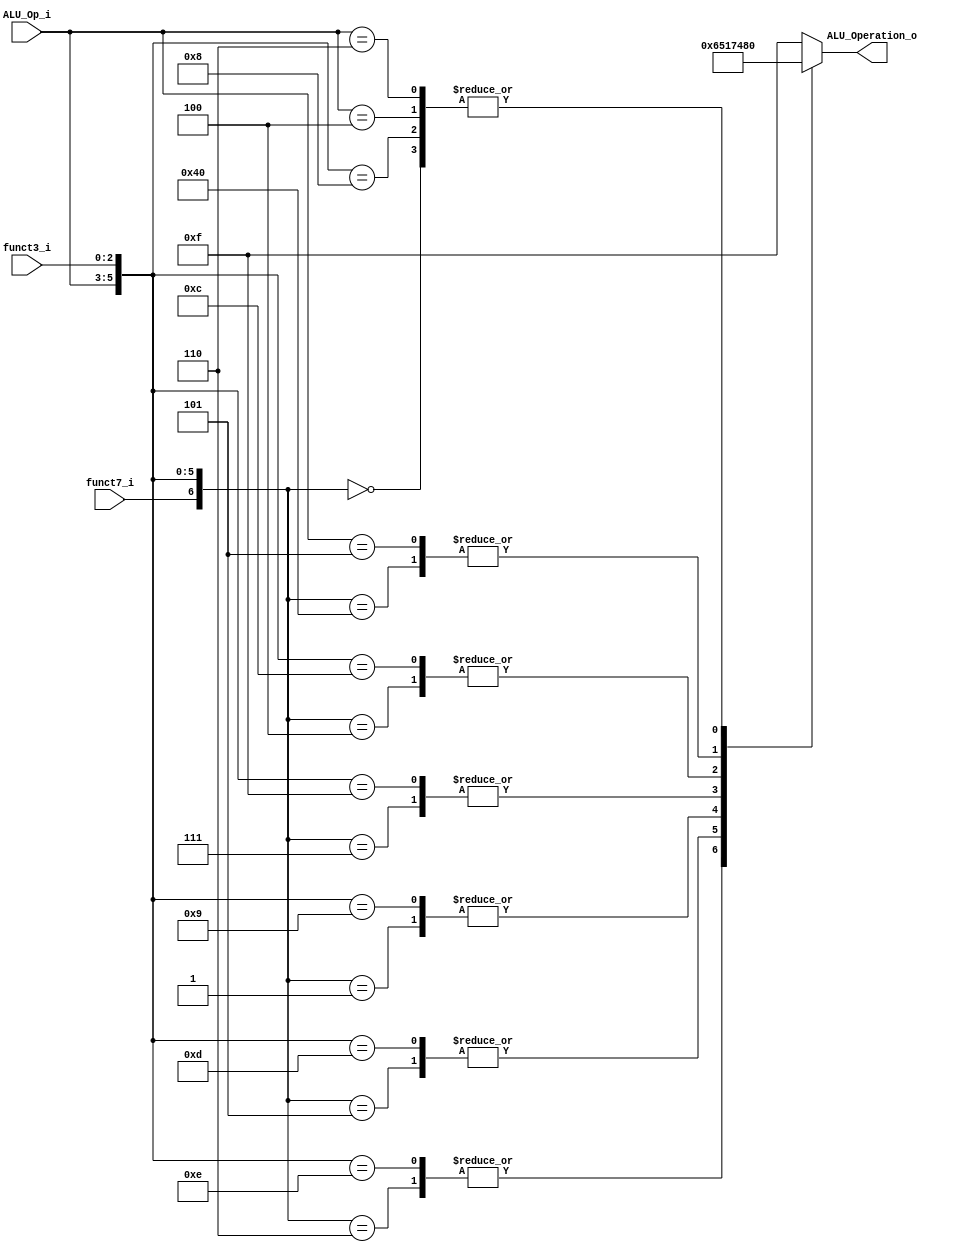
/******************************************************************
* Description
*	This is the control unit for the ALU. It receves a signal called 
*	ALUOp from the control unit and signals called funct7 and funct3  from
*	the instruction bus.
* Version:
*	1.0
* Author:
*	Dr. Jos Luis Pizano Escalante
* email:
*	luispizano@iteso.mx
* Date:
*	16/08/2021
******************************************************************/
module ALU_Control
(
	input funct7_i, 
	input [2:0] ALU_Op_i,
	input [2:0] funct3_i,
	output [3:0] ALU_Operation_o

);
	localparam R_TYPE_ADD = 7'b0_000_000;
	localparam I_TYPE_ADDI = 7'bx_001_000;
	localparam ADD = 4'b0_000;
	
	localparam R_TYPE_SUB = 7'b1_000_000;
	localparam SUB = 4'b1_000;
	
	localparam R_TYPE_SLL = 7'b0_000_001;
	localparam I_TYPE_SLLI = 7'bx_001_001;
	localparam SLL = 4'b0_001;
	
	localparam R_TYPE_XOR = 7'b0_000_100;
	localparam I_TYPE_XORI = 7'bx_001_100;
	localparam XOR = 4'b0_100;
	
	localparam R_TYPE_SRL = 7'b0_000_101;
	localparam I_TYPE_SRLI = 7'bx_001_101;
	localparam SRL = 4'b0_101;
	
	localparam R_TYPE_OR = 7'b0_000_110;
	localparam I_TYPE_ORI = 7'bx_001_110;
	localparam OR = 4'b0_110;
	
	localparam R_TYPE_AND = 7'b0_000_111;
	localparam I_TYPE_ANDI = 7'bx_001_111;
	localparam AND = 4'b0_111;
	
	localparam U_TYPE_LUI = 7'bx_100_xxx;
	localparam LUI = 4'b0_000;
	
	localparam B_TYPE_BEQ = 7'bx_101_xxx;
	localparam BEQ = 4'b1_000;
	
	localparam SL_TYPE_SWLW = 7'bx_110_xxx;
	localparam SWLW = 4'b0_000;
	
	reg [3:0] alu_control_values;
	wire [6:0] selector;
	
	assign selector = {funct7_i, ALU_Op_i, funct3_i};
	
	always@(selector)begin
		casex(selector)
			R_TYPE_ADD: alu_control_values = ADD;
			R_TYPE_SUB: alu_control_values = SUB;
			R_TYPE_OR:  alu_control_values = OR;
			R_TYPE_SRL: alu_control_values = SRL;
			R_TYPE_SLL: alu_control_values = SLL;
			R_TYPE_AND: alu_control_values = AND;
			R_TYPE_XOR: alu_control_values = XOR;
			
			I_TYPE_ADDI: alu_control_values = ADD;
			I_TYPE_ORI:  alu_control_values = OR;
			I_TYPE_SRLI: alu_control_values = SRL;
			I_TYPE_SLLI: alu_control_values = SLL;
			I_TYPE_ANDI: alu_control_values = AND;
			I_TYPE_XORI: alu_control_values = XOR;
			
			U_TYPE_LUI: alu_control_values = LUI;
			
			B_TYPE_BEQ: alu_control_values = BEQ;
			
			SL_TYPE_SWLW:  alu_control_values = SWLW;
			
			default: alu_control_values = 4'b1_111;
		endcase
	end
	
	
	assign ALU_Operation_o = alu_control_values;



endmodule